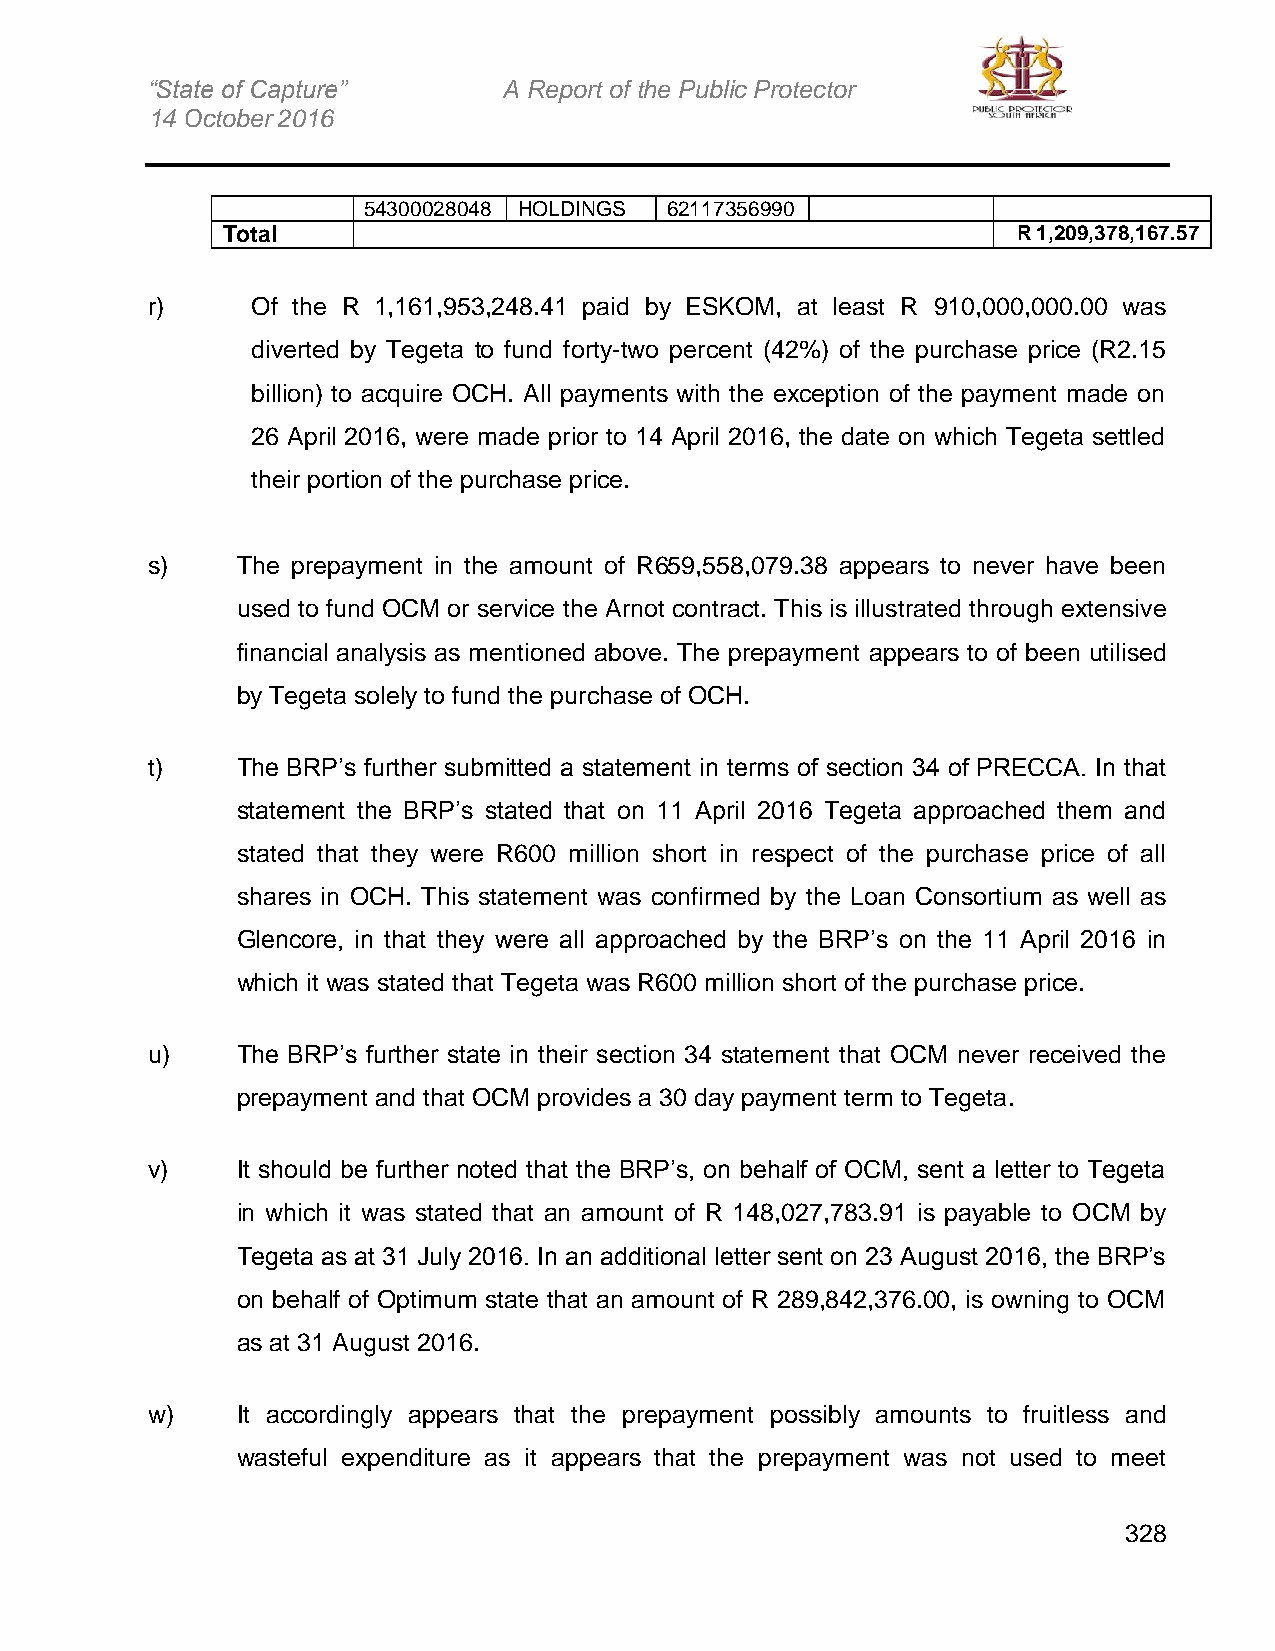
“State of Capture”     A Report of the Public Protector
 14 October 2016
 54300028048 HOLDINGS 62117356990
 Total                                               R 1,209,378,167.57
 r)     Of the R 1,161,953,248.41 paid by ESKOM, at least R 910,000,000.00 was
 diverted by Tegeta to fund forty-two percent (42%) of the purchase price (R2.15
 billion) to acquire OCH. All payments with the exception of the payment made on
 26 April 2016, were made prior to 14 April 2016, the date on which Tegeta settled
 their portion of the purchase price.
 s)    The prepayment in the amount of R659,558,079.38 appears to never have been
 used to fund OCM or service the Arnot contract. This is illustrated through extensive
 financial analysis as mentioned above. The prepayment appears to of been utilised
 by Tegeta solely to fund the purchase of OCH.
 t)    The BRP’s further submitted a statement in terms of section 34 of PRECCA. In that
 statement the BRP’s stated that on 11 April 2016 Tegeta approached them and
 stated that they were R600 million short in respect of the purchase price of all
 shares in OCH. This statement was confirmed by the Loan Consortium as well as
 Glencore, in that they were all approached by the BRP’s on the 11 April 2016 in
 which it was stated that Tegeta was R600 million short of the purchase price.
 u)    The BRP’s further state in their section 34 statement that OCM never received the
 prepayment and that OCM provides a 30 day payment term to Tegeta.
 v)    It should be further noted that the BRP’s, on behalf of OCM, sent a letter to Tegeta
 in which it was stated that an amount of R 148,027,783.91 is payable to OCM by
 Tegeta as at 31 July 2016. In an additional letter sent on 23 August 2016, the BRP’s
 on behalf of Optimum state that an amount of R 289,842,376.00, is owning to OCM
 as at 31 August 2016.
 w)    It accordingly appears that the prepayment possibly amounts to fruitless and
 wasteful expenditure as it appears that the prepayment was not used to meet
 328